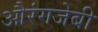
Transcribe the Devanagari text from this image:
औरंगजेबी